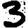
Digit: 3